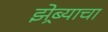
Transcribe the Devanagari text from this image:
झेब्र्याचा